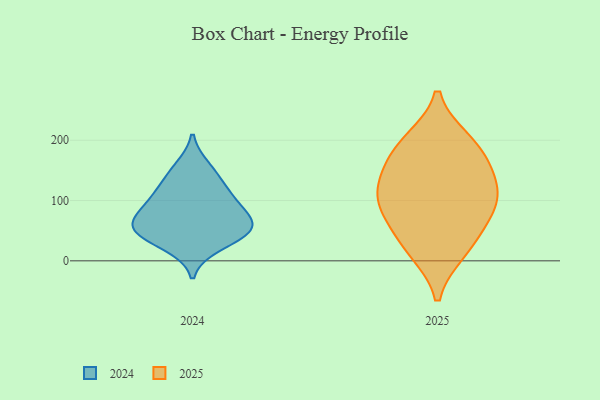
{"axis": {"x": "Tickets Resolved", "y": "Value"}, "legend": ["2024", "2025"], "data": [{"x": "", "y": 168, "type": "2025"}, {"x": "", "y": 65, "type": "2025"}, {"x": "", "y": 82, "type": "2025"}, {"x": "", "y": 119, "type": "2025"}, {"x": "", "y": 193, "type": "2025"}, {"x": "", "y": 146, "type": "2025"}, {"x": "", "y": 98, "type": "2025"}, {"x": "", "y": 114, "type": "2025"}, {"x": "", "y": 16, "type": "2025"}, {"x": "", "y": 24, "type": "2025"}, {"x": "", "y": 199, "type": "2025"}, {"x": "", "y": 133, "type": "2024"}, {"x": "", "y": 63, "type": "2024"}, {"x": "", "y": 51, "type": "2024"}, {"x": "", "y": 111, "type": "2024"}, {"x": "", "y": 42, "type": "2024"}, {"x": "", "y": 60, "type": "2024"}, {"x": "", "y": 55, "type": "2024"}, {"x": "", "y": 92, "type": "2024"}, {"x": "", "y": 93, "type": "2024"}, {"x": "", "y": 156, "type": "2024"}, {"x": "", "y": 24, "type": "2024"}]}